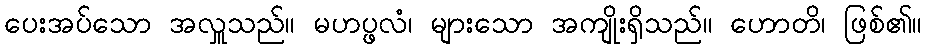
ပေးအပ်သော အလှူသည်။ မဟပ္ဖလံ၊ များသော အကျိုးရှိသည်။ ဟောတိ၊ ဖြစ်၏။